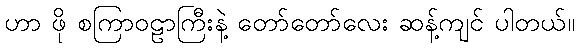
ဟာ ဖို စကြာဝဠာကြီးနဲ့ တော်တော်လေး ဆန့်ကျင် ပါတယ်။